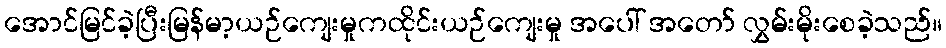
အောင်မြင်ခဲ့ပြီးမြန်မာ့ယဉ်ကျေးမှုကထိုင်းယဉ်ကျေးမှု အပေါ် အတော် လွှမ်းမိုးစေခဲ့သည်။